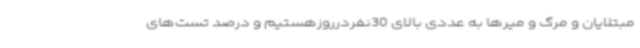
مبتلایان و مرگ و میرها به عددی بالای 30نفردرروزهستیم و درصد تست‌های